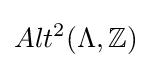
Alt^{2}(\Lambda ,\mathbb {Z} )